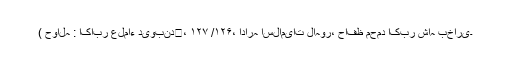
( حوالہ : اکابر علماء دیوبند﷭، ۱۲۷ /۱۲۶، ادارہ اسلامیات لاہور، حافظ محمد اکبر شاہ بخاری۔